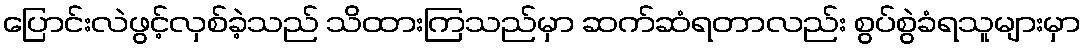
ပြောင်းလဲဖွင့်လှစ်ခဲ့သည် သိထားကြသည်မှာ ဆက်ဆံရတာလည်း စွပ်စွဲခံရသူများမှာ